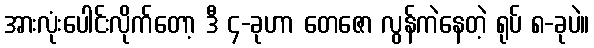
အားလုံးပေါင်းလိုက်တော့ ဒီ ၄-ခုဟာ တေဇော လွန်ကဲနေတဲ့ ရုပ် ၈-ခုပဲ။